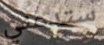
ستدعني